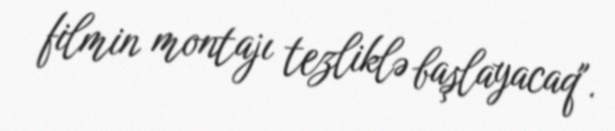
filmin montajı tezliklə başlayacaq".